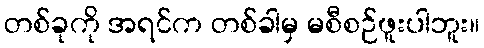
တစ်ခုကို အရင်က တစ်ခါမှ မစီစဉ်ဖူးပါဘူး။